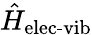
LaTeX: \hat{H}_{\textrm{elec-vib}}